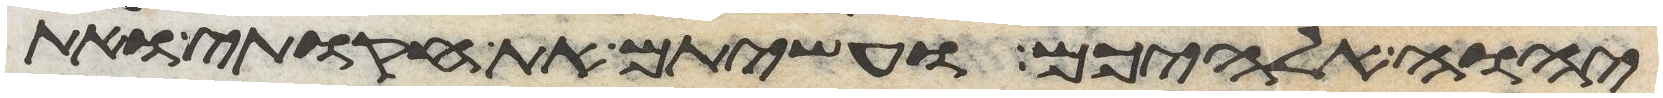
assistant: יהוה אלהיכם ועשיתם את חקותי ואת